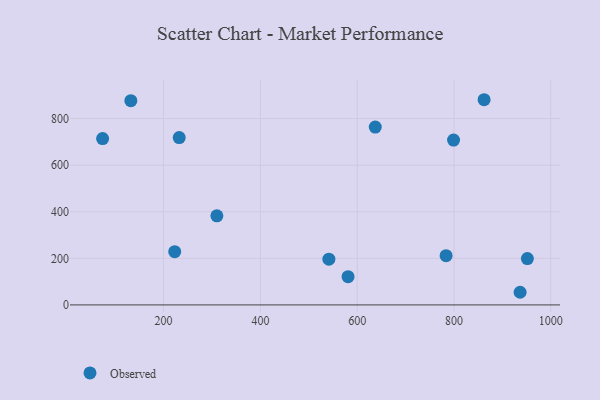
{"axis": {"x": "Experience", "y": "Rating"}, "legend": ["Observed"], "data": [{"x": "783.6", "y": 211.4, "type": "Observed"}, {"x": "581.1", "y": 121.2, "type": "Observed"}, {"x": "132.4", "y": 876.7, "type": "Observed"}, {"x": "74.1", "y": 714.2, "type": "Observed"}, {"x": "223.0", "y": 228.8, "type": "Observed"}, {"x": "799.0", "y": 707.5, "type": "Observed"}, {"x": "951.5", "y": 199.1, "type": "Observed"}, {"x": "862.1", "y": 880.9, "type": "Observed"}, {"x": "637.3", "y": 763.3, "type": "Observed"}, {"x": "232.3", "y": 718.5, "type": "Observed"}, {"x": "936.5", "y": 54.3, "type": "Observed"}, {"x": "310.1", "y": 382.5, "type": "Observed"}, {"x": "541.5", "y": 196.2, "type": "Observed"}]}